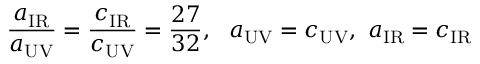
\frac { a _ { \mathrm { I R } } } { a _ { \mathrm { U V } } } = \frac { c _ { \mathrm { I R } } } { c _ { \mathrm { U V } } } = \frac { 2 7 } { 3 2 } , ~ ~ a _ { \mathrm { U V } } = c _ { \mathrm { U V } } , ~ a _ { \mathrm { I R } } = c _ { \mathrm { I R } }